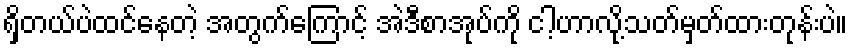
ရှိတယ်ပဲထင်နေတဲ့ အတွက်ကြောင့် အဲဒီစာအုပ်ကို ငါ့ဟာလို့သတ်မှတ်ထားတုန်းပဲ။